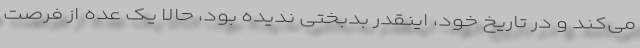
می‌کند و در تاریخِ خود، اینقدر بدبختی ندیده بود، حالا یک عده از فرصت